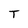
Character: T